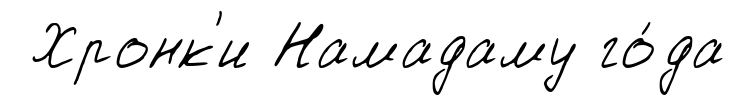
Хронк'и Намадаму го́да